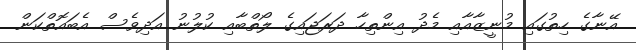
އޭނާގެ ހިތުގައި މުނީޒާއާއި މެދު އިންތިހާ ދަރަޖައިގެ ލޯތްބާއި ކުލުނު އަދިވެސް އެބައޮތްކަން